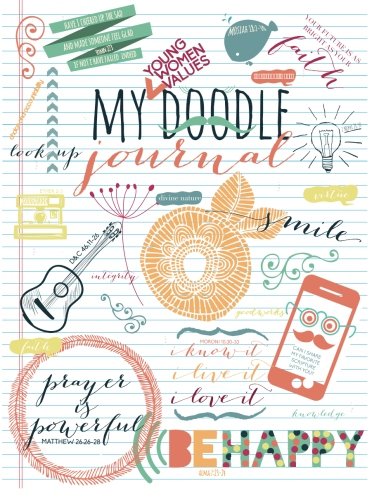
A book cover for My Young Women Values Doodle Journal; Shannon Foster; Christian Books & Bibles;